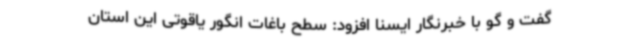
گفت و گو با خبرنگار ایسنا افزود: سطح باغات انگور یاقوتی این استان